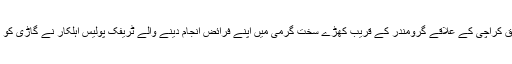
تفصیلات کے مطابق کراچی کے علاقے گرومندر کے قریب کھڑے سخت گرمی میں اپنے فرائض انجام دینے والے ٹریفک پولیس اہلکار نے گاڑی کو رکنے کا اشارہ کیا۔